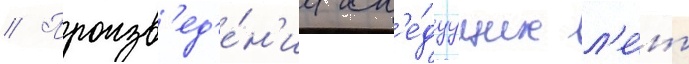
// Произв'ед'е́н'иа сл'е́дуущих л'е́т